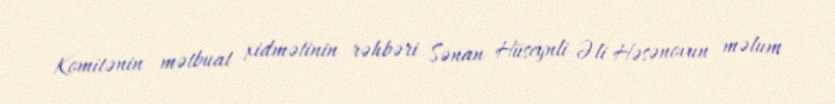
Komitənin mətbuat xidmətinin rəhbəri Sənan Hüseynli Əli Həsənovun məlum